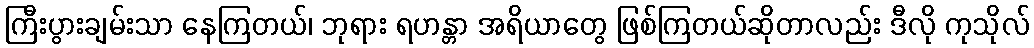
ကြီးပွားချမ်းသာ နေကြတယ်၊ ဘုရား ရဟန္တာ အရိယာတွေ ဖြစ်ကြတယ်ဆိုတာလည်း ဒီလို ကုသိုလ်